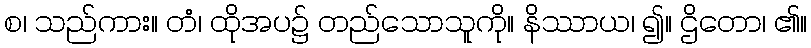
စ၊ သည်ကား။ တံ၊ ထိုအပ၌ တည်သောသူကို။ နိဿာယ၊ ၍။ ဌိတော၊ ၏။